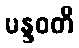
မန္ဒဝတီ